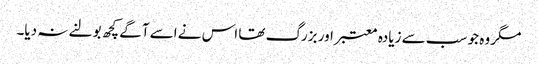
مگر وہ جو سب سے زیادہ معتبر اور بزرگ تھا اس نے اسے آگے کچھ بولنے نہ دیا۔